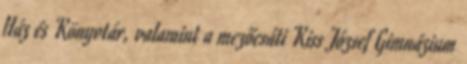
Ház és Könyvtár, valamint a mezőcsáti Kiss József Gimnázium